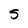
Character: S